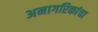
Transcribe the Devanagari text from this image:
अनागरिकांचा